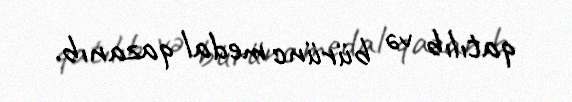
qatılıb və bürünc medal qazanıb.